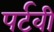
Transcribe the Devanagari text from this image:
पर्टवी